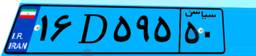
۰۰D۰۳۰۶۳